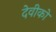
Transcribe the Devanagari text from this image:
देवीको